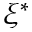
\xi ^ { * }